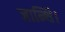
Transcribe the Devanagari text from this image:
जान्थि।